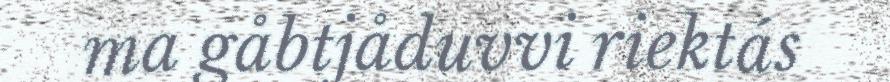
ma gåbtjåduvvi riektás